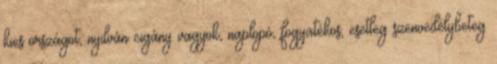
kies országot, nyilván cigány vagyok, naplopó, fogyatékos, esetleg szenvedélybeteg